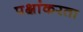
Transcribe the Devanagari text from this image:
पक्षांकरता